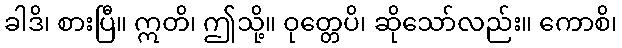
ခါဒိ၊ စားပြီ။ ဣတိ၊ ဤသို့။ ဝုတ္တေပိ၊ ဆိုသော်လည်း။ ကောစိ၊